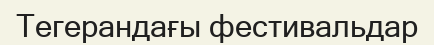
Тегерандағы фестивальдар